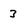
Character: 3